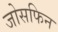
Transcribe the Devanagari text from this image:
जोसफिन